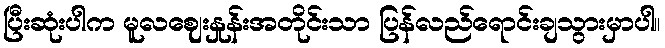
ပြီးဆုံးပါက မူလဈေးနှုန်းအတိုင်းသာ ပြန်လည်ရောင်းချသွားမှာပါ။